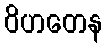
ဝိဟတေန